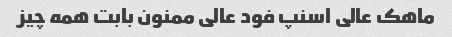
ماهک عالی اسنپ فود عالی ممنون بابت همه چیز